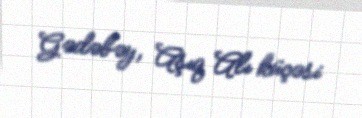
Gədəbəy, Aşıq Alı küçəsi